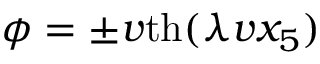
\phi = \pm v \mathrm { t h } ( \lambda v x _ { 5 } )